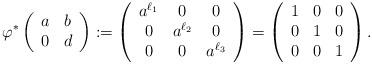
LaTeX: \begin{align*}\varphi^* \left(\begin{array}{c c} a & b \\ 0 & d \end{array}\right) & := \left(\begin{array}{c c c} a^{\ell_1} & 0 & 0 \\ 0 & a^{\ell_2} & 0 \\ 0 & 0 & a^{\ell_3}\end{array}\right) = \left(\begin{array}{c c c} 1 & 0 & 0 \\ 0 & 1 & 0 \\ 0 & 0 & 1\end{array}\right) . \end{align*}